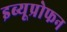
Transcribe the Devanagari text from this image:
इब्यूप्रोफन